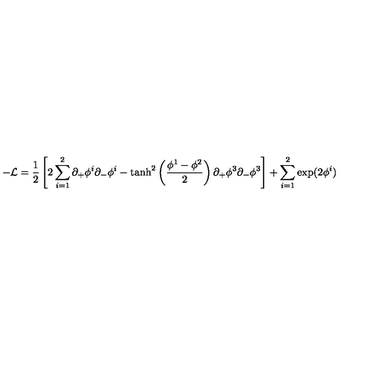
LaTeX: - { \cal L } = \frac { 1 } { 2 } \left[ 2 \sum _ { i = 1 } ^ { 2 } \partial _ { + } \phi ^ { i } \partial _ { - } \phi ^ { i } - \tanh ^ { 2 } \left( { \frac { \phi ^ { 1 } - \phi ^ { 2 } } { 2 } } \right) \partial _ { + } \phi ^ { 3 } \partial _ { - } \phi ^ { 3 } \right] + \sum _ { i = 1 } ^ { 2 } \exp ( 2 \phi ^ { i } )